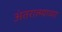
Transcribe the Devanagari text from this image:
अंतरात्म्याच्या